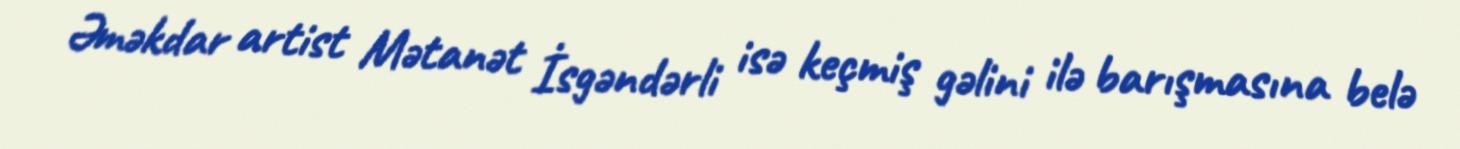
Əməkdar artist Mətanət İsgəndərli isə keçmiş gəlini ilə barışmasına belə